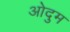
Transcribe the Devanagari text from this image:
ओदुम